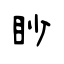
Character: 眇